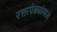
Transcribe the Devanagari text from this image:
रक्तपेढ्यांमध्ये